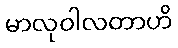
မာလုဝါလတာဟိ